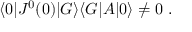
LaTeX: \langle 0 | J ^ { 0 } ( 0 ) | G \rangle \langle G | A | 0 \rangle \neq 0 ~ .